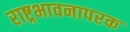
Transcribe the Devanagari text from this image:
राष्ट्रभावनापरक